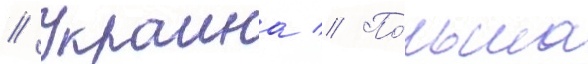
// Украина // По́льша